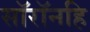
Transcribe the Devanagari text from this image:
सॉरॉनहि